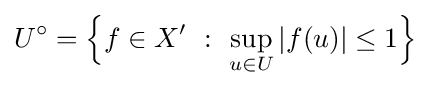
U^{\circ }={\Big \{}f\in X^{\prime }~:~\sup _{u\in U}|f(u)|\leq 1{\Big \}}